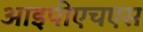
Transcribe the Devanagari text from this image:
आइपीएचएस